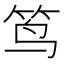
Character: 𮵮